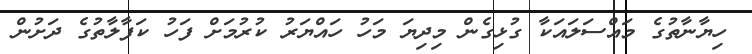
ހިޔާނާތުގެ މައްސަލައަކާ ގުޅިގެން މިދިޔަ މަހު ހައްޔަރު ކުރުމަށް ފަހު ކަފާލާތުގެ ދަށުން